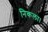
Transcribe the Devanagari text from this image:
निकला।